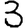
Digit: 3